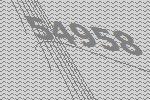
54958